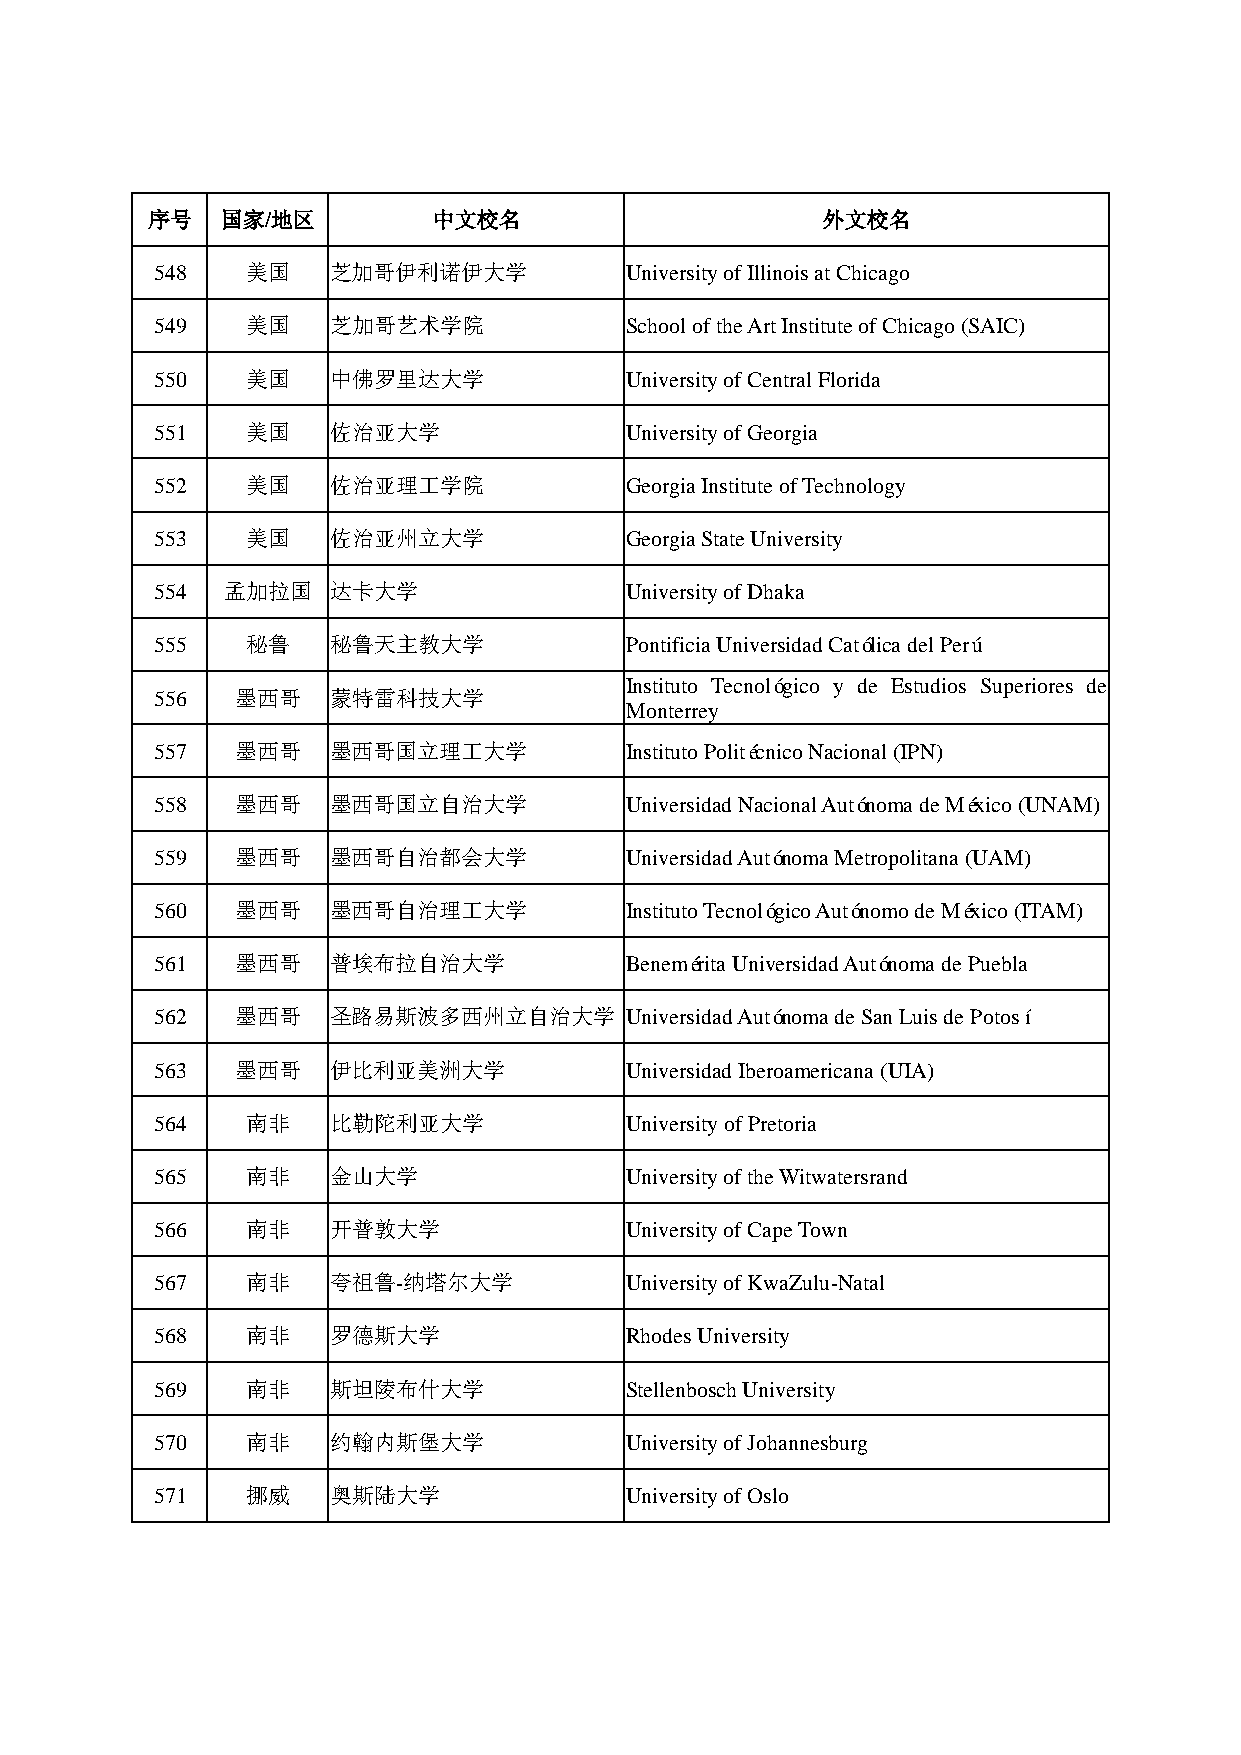
序号   国家/地区         中文校名                     外文校名
 548   美国    芝加哥伊利诺伊大学          University of Illinois at Chicago
 549   美国    芝加哥艺术学院            School of the Art Institute of Chicago (SAIC)
 550   美国    中佛罗里达大学            University of Central Florida
 551   美国    佐治亚大学              University of Georgia
 552   美国    佐治亚理工学院            Georgia Institute of Technology
 553   美国    佐治亚州立大学            Georgia State University
 554  孟加拉国   达卡大学               University of Dhaka
 555   秘鲁    秘鲁天主教大学            Pontificia Universidad Católica del Perú
 Instituto Tecnológico y de Estudios Superiores de
 556   墨西哥   蒙特雷科技大学
 Monterrey
 557   墨西哥   墨西哥国立理工大学          Instituto Politécnico Nacional (IPN)
 558   墨西哥   墨西哥国立自治大学          Universidad Nacional Autónoma de México (UNAM)
 559   墨西哥   墨西哥自治都会大学          Universidad Autónoma Metropolitana (UAM)
 560   墨西哥   墨西哥自治理工大学          Instituto Tecnológico Autónomo de México (ITAM)
 561   墨西哥   普埃布拉自治大学           Benemérita Universidad Autónoma de Puebla
 562   墨西哥   圣路易斯波多西州立自治大学      Universidad Autónoma de San Luis de Potosí
 563   墨西哥   伊比利亚美洲大学           Universidad Iberoamericana (UIA)
 564   南非    比勒陀利亚大学            University of Pretoria
 565   南非    金山大学               University of the Witwatersrand
 566   南非    开普敦大学              University of Cape Town
 567   南非    夸祖鲁-纳塔尔大学          University of KwaZulu-Natal
 568   南非    罗德斯大学              Rhodes University
 569   南非    斯坦陵布什大学            Stellenbosch University
 570   南非    约翰内斯堡大学            University of Johannesburg
 571   挪威    奥斯陆大学              University of Oslo